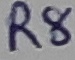
Text: R8